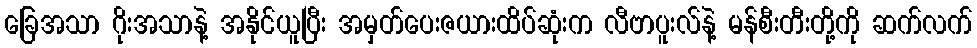
ခြေအသာ ဂိုးအသာနဲ့ အနိုင်ယူပြီး အမှတ်ပေးဇယားထိပ်ဆုံးက လီဗာပူးလ်နဲ့ မန်စီးတီးတို့ကို ဆက်လက်